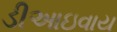
ડીઆઇવાય